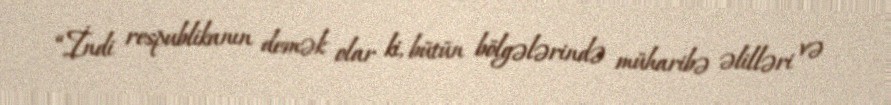
“İndi respublikanın demək olar ki, bütün bölgələrində müharibə əlilləri və